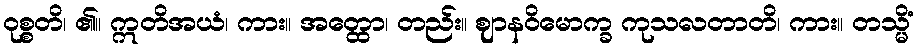
ဝုစ္စတိ၊ ၏။ ဣတိအယံ၊ ကား။ အတ္ထော၊ တည်း။ ဈာနဝိမောက္ခ ကုသလတာတိ၊ ကား။ တသ္မိံ